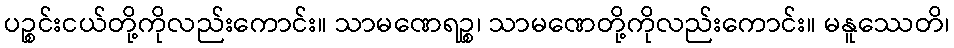
ပဉ္စင်းငယ်တို့ကိုလည်းကောင်း။ သာမဏေရဉ္စ၊ သာမဏေတို့ကိုလည်းကောင်း။ မနူဿေတိ၊